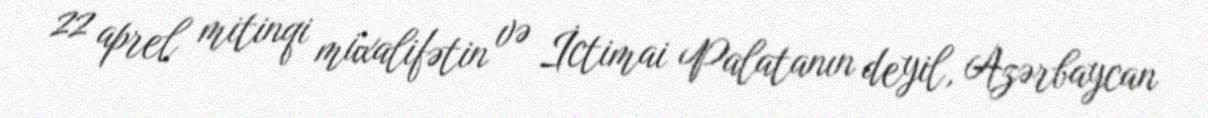
22 aprel mitinqi müxalifətin və İctimai Palatanın deyil, Azərbaycan